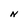
Character: N